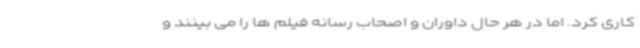
کاری کرد. اما در هر حال داوران و اصحاب رسانه فیلم ها را می بینند و